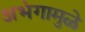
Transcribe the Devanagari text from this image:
अभंगामुळे